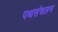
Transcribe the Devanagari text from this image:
पथसंचलन